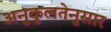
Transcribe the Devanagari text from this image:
अनुकुलतेनुसार